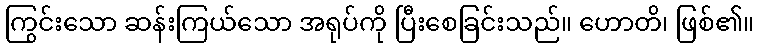
ကြွင်းသော ဆန်းကြယ်သော အရုပ်ကို ပြီးစေခြင်းသည်။ ဟောတိ၊ ဖြစ်၏။